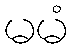
မမံ